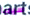
سيمبا